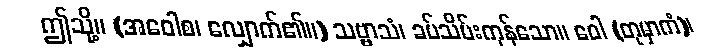
ဤသို့။ (အဝေါစ၊ လျှောက်၏။) သဗ္ဗာသံ၊ ခပ်သိမ်းကုန်သော။ ဝေါ (တုမှာကံ)၊